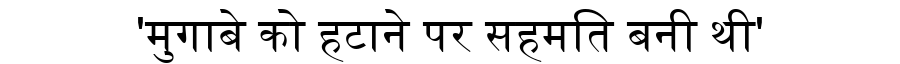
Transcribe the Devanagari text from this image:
'मुगाबे को हटाने पर सहमति बनी थी'